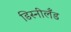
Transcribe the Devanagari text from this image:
डिस्नीलँड